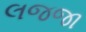
લજજા